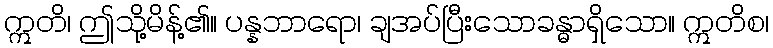
ဣတိ၊ ဤသို့မိန့်၏။ ပန္နဘာရော၊ ချအပ်ပြီးသောခန္ဓာရှိသော။ ဣတိစ၊